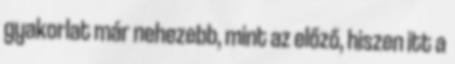
gyakorlat már nehezebb, mint az előző, hiszen itt a